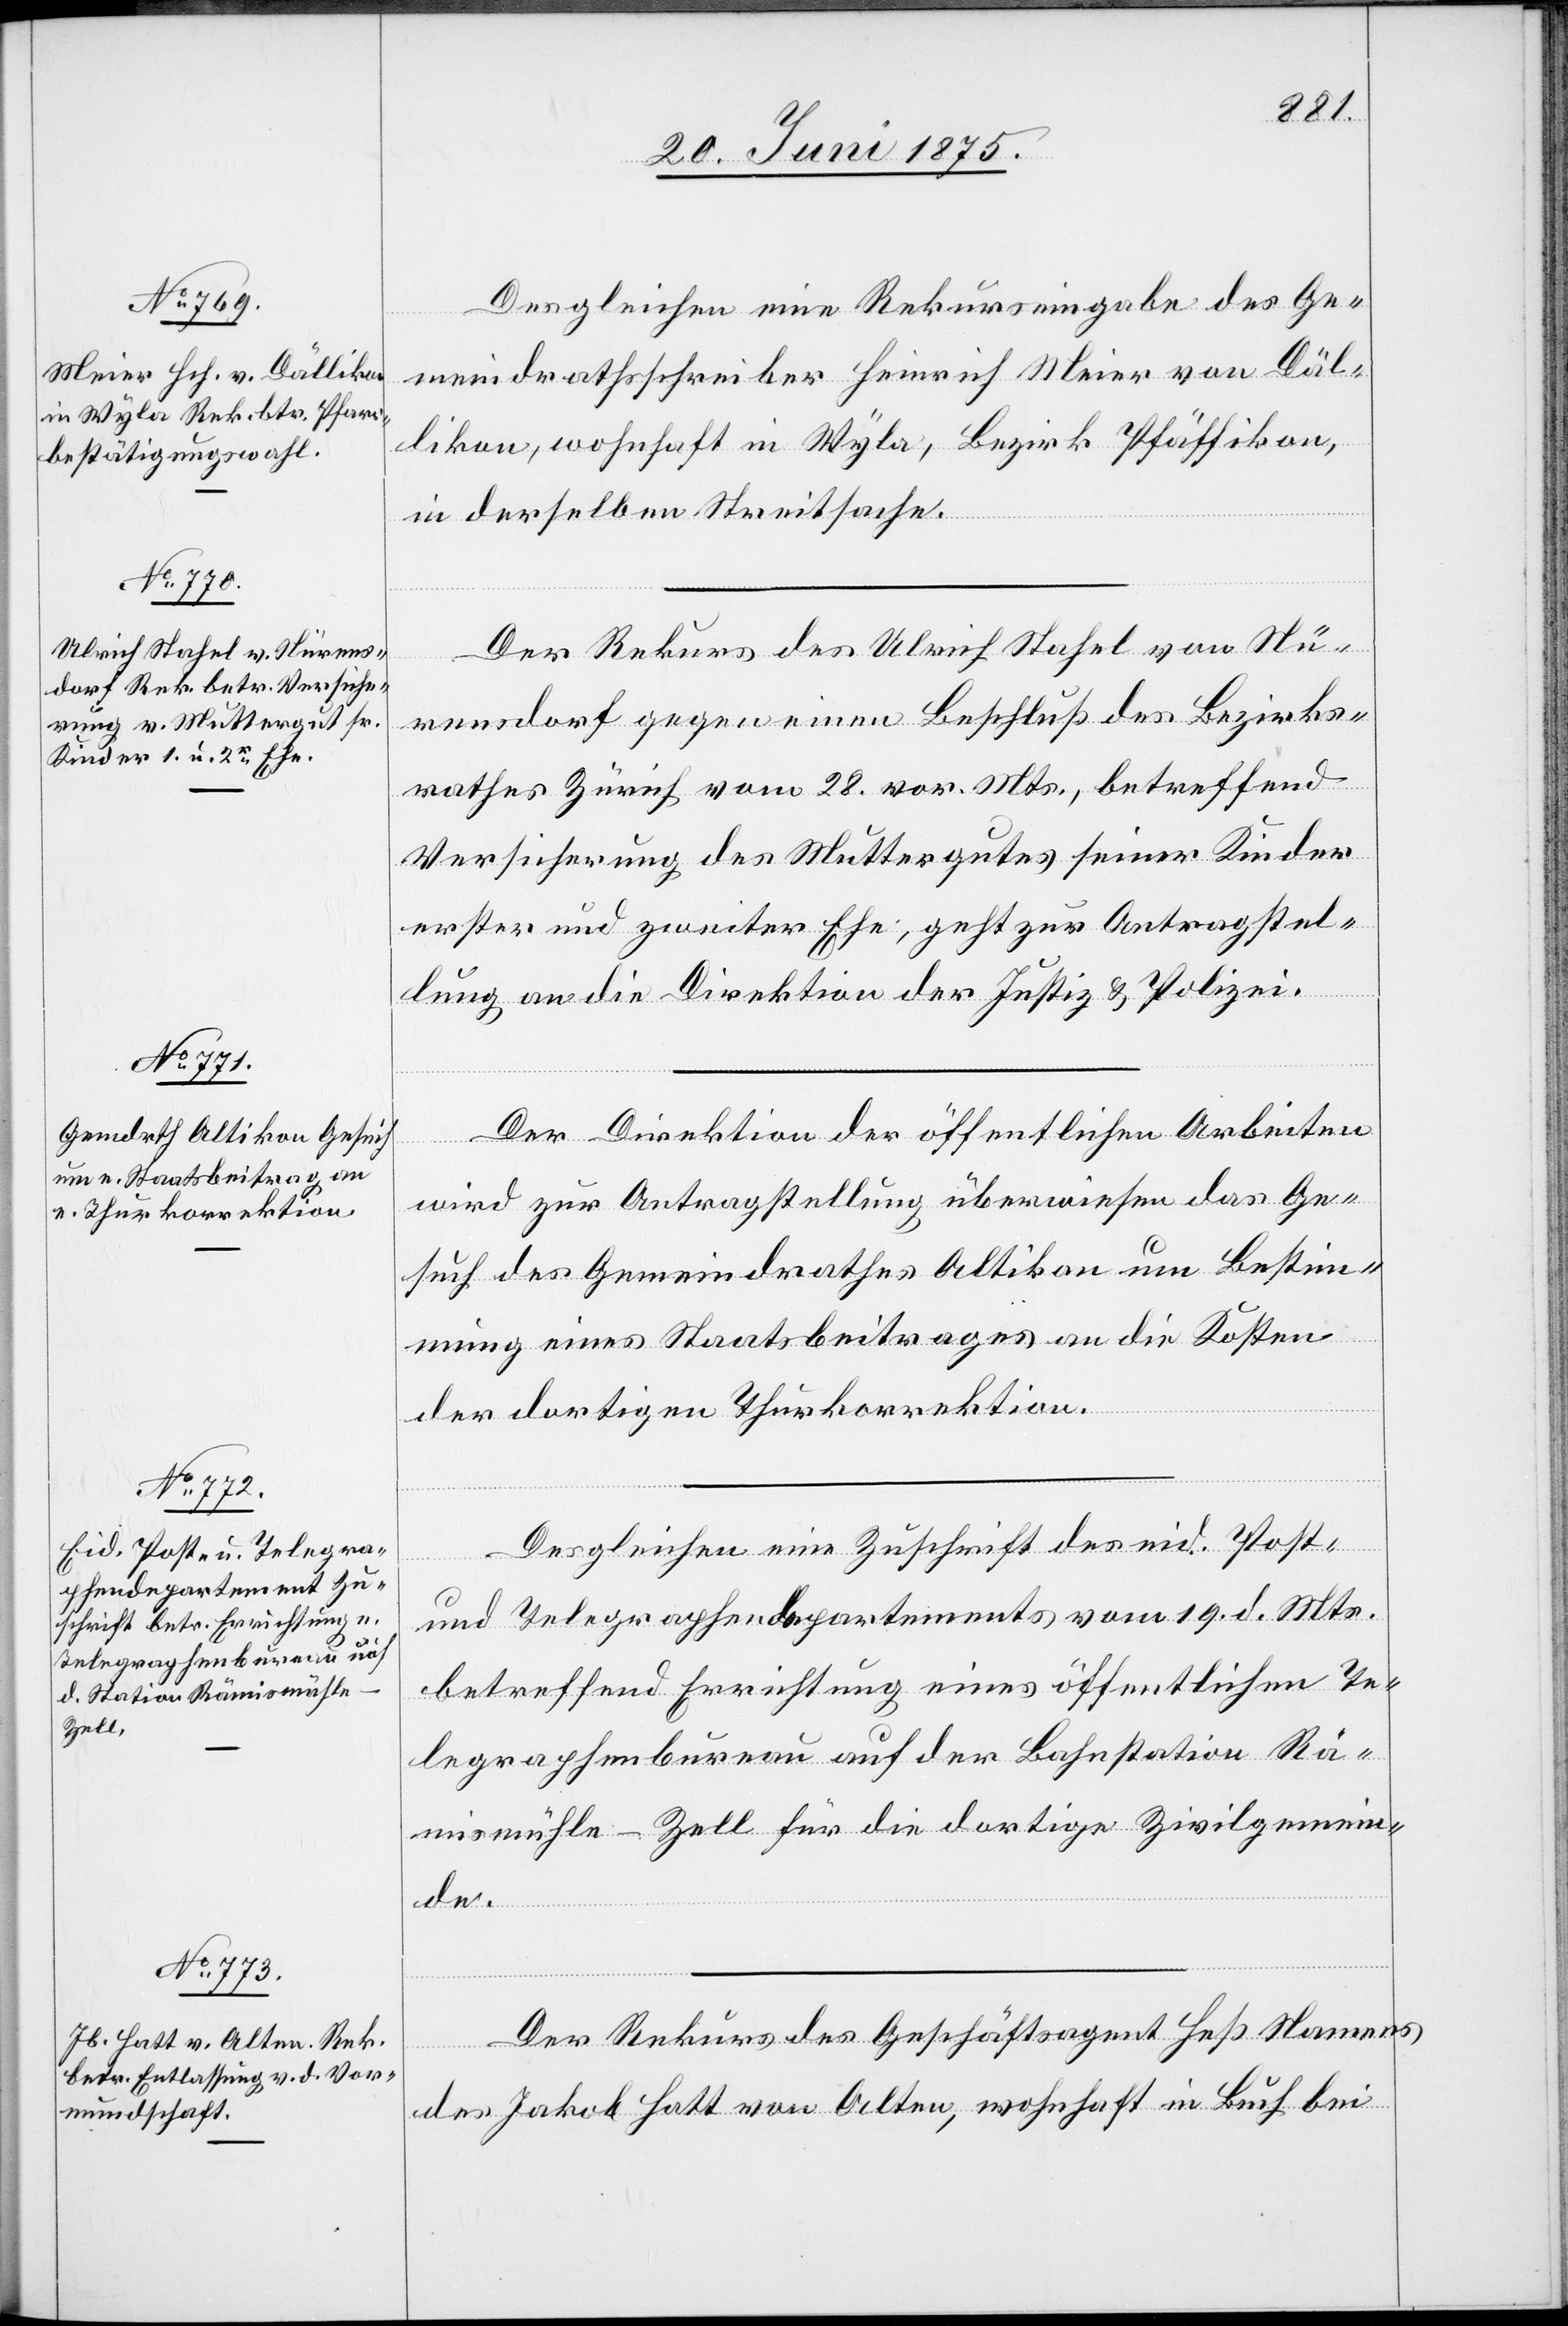
21. Juni 1875.]
Desgleichen eine Rekurseingabe des Ge¬
meindrathsschreiber Heinrich Meier von Däl¬
likon, wohnhaft in Wyla, Bezirk Pfäffikon,
in derselben Streitsache.
Der Rekurs des Ulrich Stahel von Nü¬
rensdorf gegen einen Beschluß des Bezirks¬
rathes Zürich vom 28. vor. Mts., betreffend
Versicherung des Muttergutes seiner Kinder
erster und zweiter Ehe, geht zur Antragstel¬
lung an die Direktion der Justiz & Polizei.
Der Direktion der öffentlichen Arbeiten
wird zur Antragstellung überwiesen das Ge¬
such des Gemeindrathes Altikon um Bestim¬
mung eines Staatsbeitrages an die Kosten
der dortigen Thurkorrektion.
Desgleichen eine Zuschrift des eid. Post-
und Telegraphendepartements vom 19. d. Mts.
betreffend Errichtung eines öffentlichen Te¬
legraphenbureau auf der Bahnstation Rä¬
mismühle-Zell für die dortige Zivilgemein¬
de.
der Rekurs des Geschäftsagent Heß Namens
des Jakob Hatt von Alten, wohnhaft in Buch bei